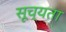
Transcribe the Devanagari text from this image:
सूच्यता